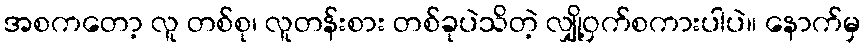
အစကတော့ လူ တစ်စု၊ လူတန်းစား တစ်ခုပဲသိတဲ့ လျှို့ဝှက်စကားပါပဲ။ နောက်မှ